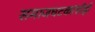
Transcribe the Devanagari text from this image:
समाजघटकांशीही